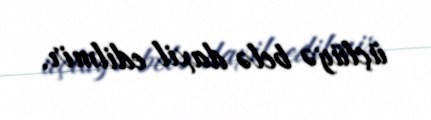
üçlüyə belə daxil edilmir.